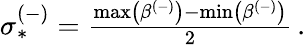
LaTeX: \begin{array}{r}{\sigma_{*}^{(-)}=\frac{\operatorname*{max}\left(\beta^{(-)}\right)-\operatorname*{min}\left(\beta^{(-)}\right)}{2}\, .}\end{array}